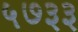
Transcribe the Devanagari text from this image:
५७३३